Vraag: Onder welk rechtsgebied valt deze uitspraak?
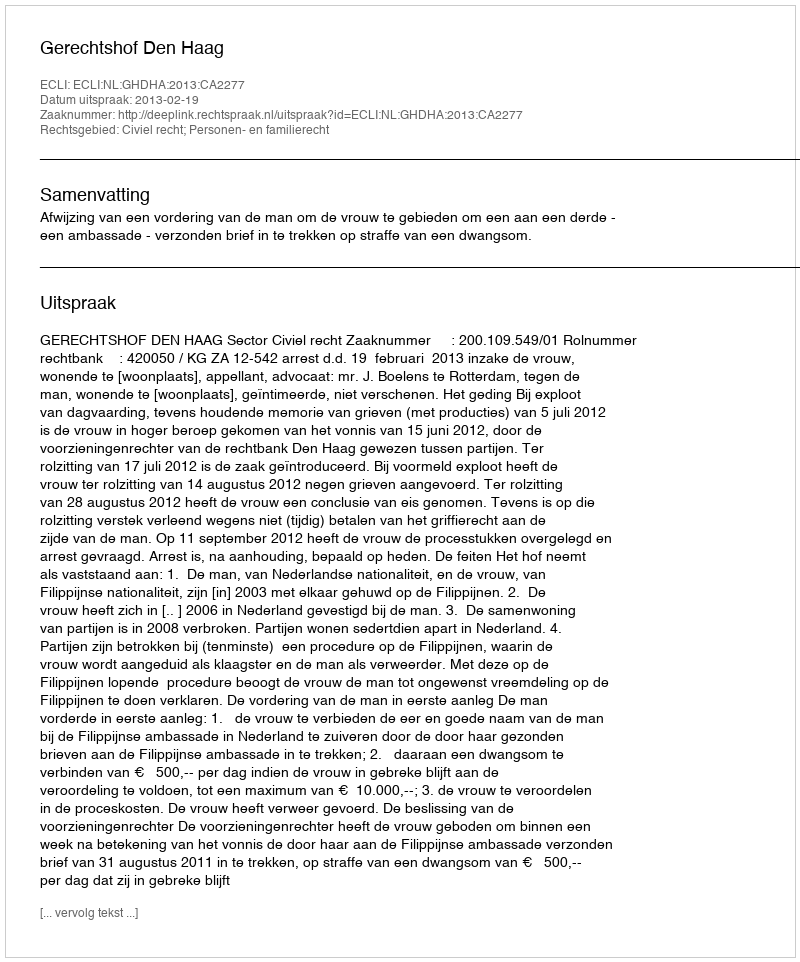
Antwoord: Civiel recht; Personen- en familierecht